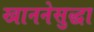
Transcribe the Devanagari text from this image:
खाननेसुद्धा